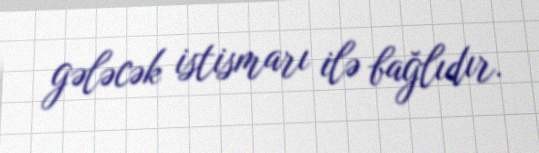
gələcək istismarı ilə bağlıdır.